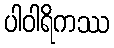
ပါဝါရိကဿ